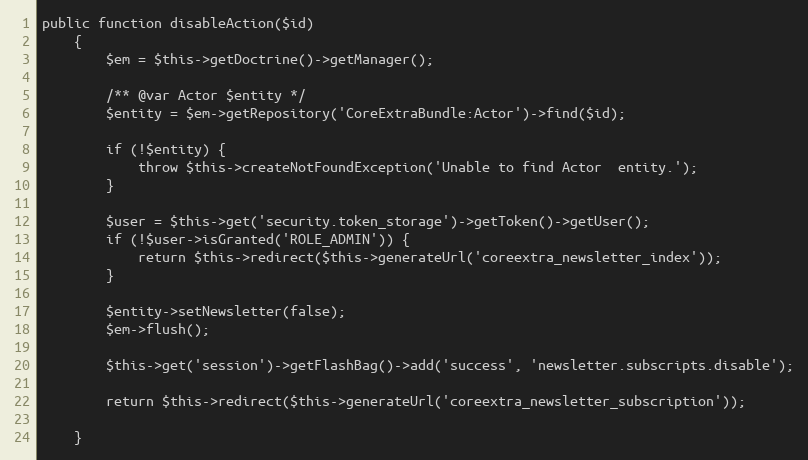
Language: PHP
public function disableAction($id)
    {
        $em = $this->getDoctrine()->getManager();

        /** @var Actor $entity */
        $entity = $em->getRepository('CoreExtraBundle:Actor')->find($id);

        if (!$entity) {
            throw $this->createNotFoundException('Unable to find Actor  entity.');
        }

        $user = $this->get('security.token_storage')->getToken()->getUser();
        if (!$user->isGranted('ROLE_ADMIN')) {
            return $this->redirect($this->generateUrl('coreextra_newsletter_index'));
        }

        $entity->setNewsletter(false);
        $em->flush();

        $this->get('session')->getFlashBag()->add('success', 'newsletter.subscripts.disable');

        return $this->redirect($this->generateUrl('coreextra_newsletter_subscription'));

    }